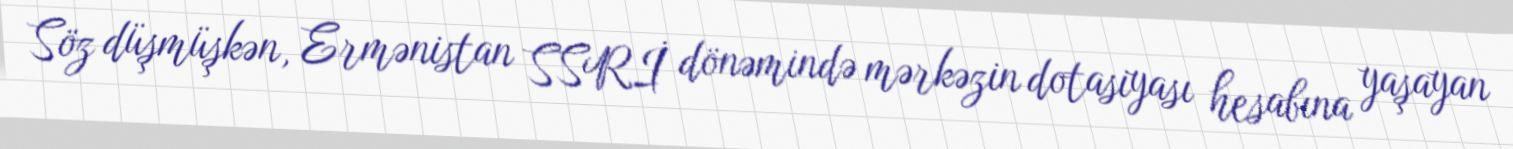
Söz düşmüşkən, Ermənistan SSRİ dönəmində mərkəzin dotasiyası hesabına yaşayan